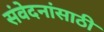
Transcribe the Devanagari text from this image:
संवेदनांसाठी